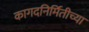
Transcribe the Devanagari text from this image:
कागदनिर्मितीच्या